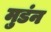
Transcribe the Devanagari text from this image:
मुडंन